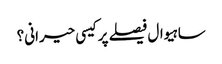
ساہیوال فیصلے پر کیسی حیرانی؟